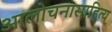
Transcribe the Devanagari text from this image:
आलोचनासाहित्य